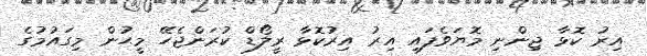
އިރު ކޮޅާ ޖިންނި މޮޔަވެފައި އިރު އިރުކޮޅާ ރީލޯޑް ކުރަންޖެހޭ މީޙުން މިގައުމުގެ